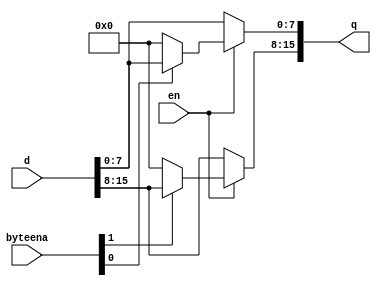
`timescale 1ns / 1ps
//////////////////////////////////////////////////////////////////////////////////
// Company: 
// Engineer: 
// 
// Design Name: 
// Module Name: Dlatch
// Project Name: 
// Target Devices: 
// Tool Versions: 
// Description: 
// 
// Dependencies: 
// 
// Revision:
// Revision 0.01 - File Created
// Additional Comments:
// 
//////////////////////////////////////////////////////////////////////////////////

module Dlatch(
    input en,
    input [1:0] byteena,
    input [15:0] d,
    output [15:0] q
    );
    reg [15:0] qreg;
    
    
    always@(*) begin
    
    qreg = d;
    
    if (en) begin 
    
    if (!byteena[0]) begin
    qreg[7:0] =8'b0;
    end
    if (!byteena[1]) begin
    qreg[15:8] = 8'b0;
    end
    
    end
    
    end //always block end
    
    assign q = qreg;
    
    
    
    
    
endmodule